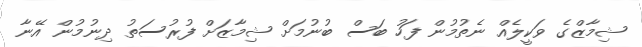
ޝިމާޒްގެ ވަކީލެއް ނެތުމުން ފަހު ބަސް ބުނުމަށް ޝިމާޒަށް ފުރުސަތު ދިނުމުން އޭނާ